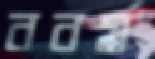
ববর্ষ